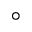
^ \circ